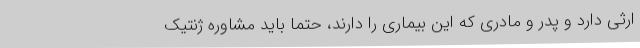
ارثی دارد و پدر و مادری که این بیماری را دارند، حتما باید مشاوره ژنتیک